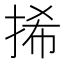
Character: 𢬾